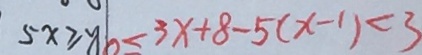
5 x \geq y 0 < 3 x + 8 - 5 ( x - 1 ) < 3